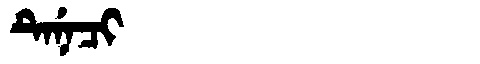
Manchu: ᡨᡝᠨᡝᠴᡳ
Romanization: TENECI